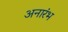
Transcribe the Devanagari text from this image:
अनारंभ